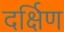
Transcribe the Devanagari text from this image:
दर्क्षिण